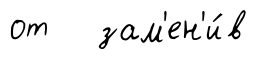
от зам'ен'и́в